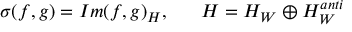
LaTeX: \sigma ( f , g ) = I m ( f , g ) _ { \cal H } , ~ ~ ~ ~ ~ { \cal H } = { \cal H } _ { W } \oplus { \cal H } _ { W } ^ { a n t i }